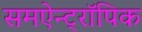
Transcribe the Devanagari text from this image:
समऐन्ट्रॉपिक